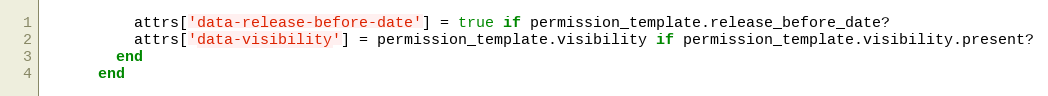
Language: Ruby
          attrs['data-release-before-date'] = true if permission_template.release_before_date?
          attrs['data-visibility'] = permission_template.visibility if permission_template.visibility.present?
        end
      end